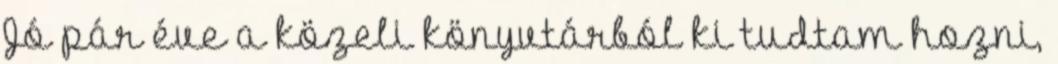
Jó pár éve a közeli könyvtárból ki tudtam hozni,